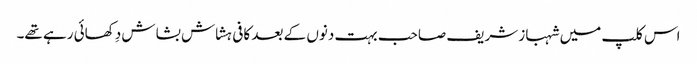
اس کلپ میں شہباز شریف صاحب بہت دنوں کے بعد کافی ہشاش بشاش دِکھائی رہے تھے۔